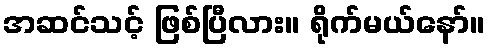
အဆင်သင့် ဖြစ်ပြီလား။ ရိုက်မယ်နော်။